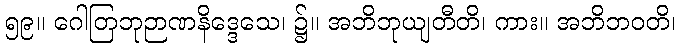
၅၉။ ဂေါတြဘုဉာဏနိဒ္ဒေသေ၊ ၌။ အဘိဘုယျတီတိ၊ ကား။ အဘိဘဝတိ၊